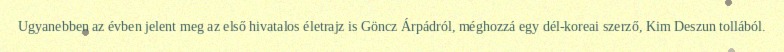
Ugyanebben az évben jelent meg az első hivatalos életrajz is Göncz Árpádról, méghozzá egy dél-koreai szerző, Kim Deszun tollából.